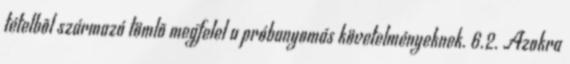
tételbõl származó tömlõ megfelel a próbanyomás követelményeknek. 6.2. Azokra